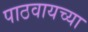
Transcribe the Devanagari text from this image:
पाठवायच्या